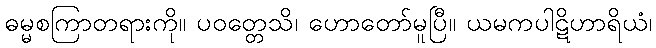
ဓမ္မစကြာတရားကို။ ပဝတ္တေသိ၊ ဟောတော်မူပြီ။ ယမကပါဋိဟာရိယံ၊